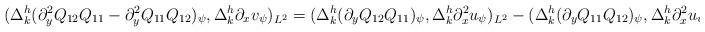
LaTeX: \begin{align*}(\Delta^h_k (\partial_y^2Q_{12}Q_{11}-\partial_y^2Q_{11}Q_{12})_\psi, \Delta^h_k \partial_x v_\psi)_{L^2}=(\Delta^h_k (\partial_yQ_{12}Q_{11})_\psi, \Delta^h_k \partial_x^2 u_\psi)_{L^2}-(\Delta^h_k (\partial_yQ_{11}Q_{12})_\psi, \Delta^h_k \partial_x^2 u_\psi)_{L^2}\end{align*}